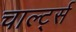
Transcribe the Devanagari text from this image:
चार्ल्ट्स